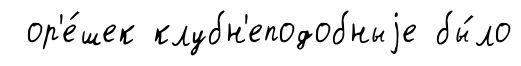
ор'е́шек клубн'еподобныjе бы́ло